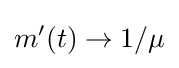
m'(t)\rightarrow 1/\mu